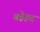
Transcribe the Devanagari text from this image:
बहेहद